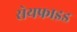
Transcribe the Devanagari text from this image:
सेयफ्राइड